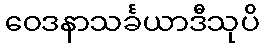
ဝေဒနာသင်္ခယာဒီသုပိ